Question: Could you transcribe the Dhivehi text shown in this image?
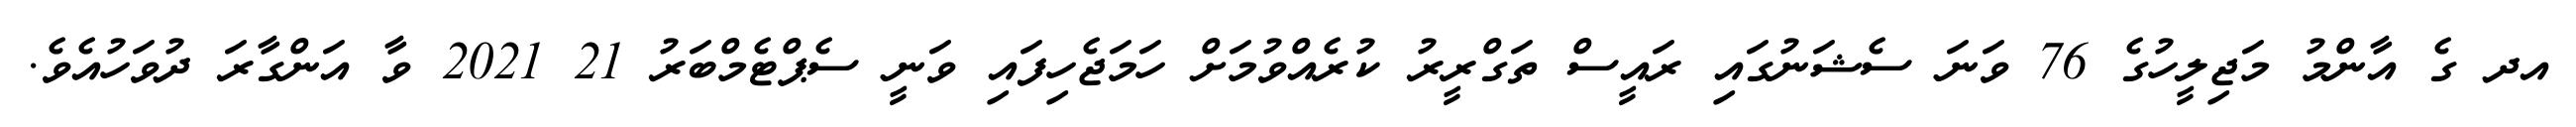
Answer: އދ ގެ އާންމު މަޖިލީހުގެ 76 ވަނަ ސެޝަނުގައި ރައީސް ތަގްރީރު ކުރެއްވުމަށް ހަމަޖެހިފައި ވަނީ ސެޕްޓެމްބަރު 21 2021 ވާ އަންގާރަ ދުވަހުއެވެ.